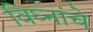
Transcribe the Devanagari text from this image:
विघ्नांचे